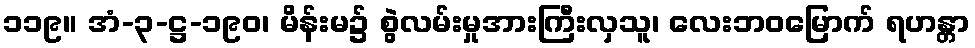
၁၁၉။ အံ-၃-ဋ္ဌ-၁၉၀၊ မိန်းမ၌ စွဲလမ်းမှုအားကြီးလှသူ၊ လေးဘဝမြောက် ရဟန္တာ